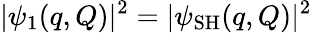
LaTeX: \vert\psi_{1}(q,Q)\vert^{2}=\vert\psi_{\mathrm{SH}}(q,Q)\vert^{2}